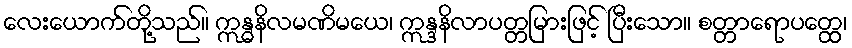
လေးယောက်တို့သည်။ ဣန္ဓနိလမဏိမယေ၊ ဣန္ဒနိလာပတ္တမြားဖြင့် ပြီးသော။ စတ္တာရောပတ္ထေ၊